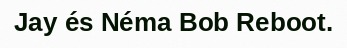
Jay és Néma Bob Reboot.